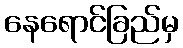
နေရောင်ခြည်မှ